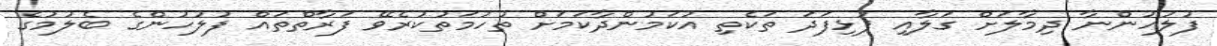
ފުލުހުންނާ ދިމާލަށް ގަލާއި ފުޅިފަދަ ތަކެތި އުކަމުންދާކަމަށް ތުހުމަތުކުރެވޭ ފަރާތްތައް ފުލުހުންގެ ބެލުމުގެ